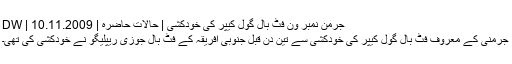
جرمن نمبر ون فٹ بال گول کیپر کی خودکشی | حالات حاضرہ | DW | 10.11.2009
جرمنی کے معروف فٹ بال گول کیپر کی خودکشی سے تین دِن قبل جنوبی افریقہ کے فٹ بال جوزی ریپلیگو نے خودکشی کی تھی۔